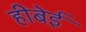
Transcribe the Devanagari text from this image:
हीबेई